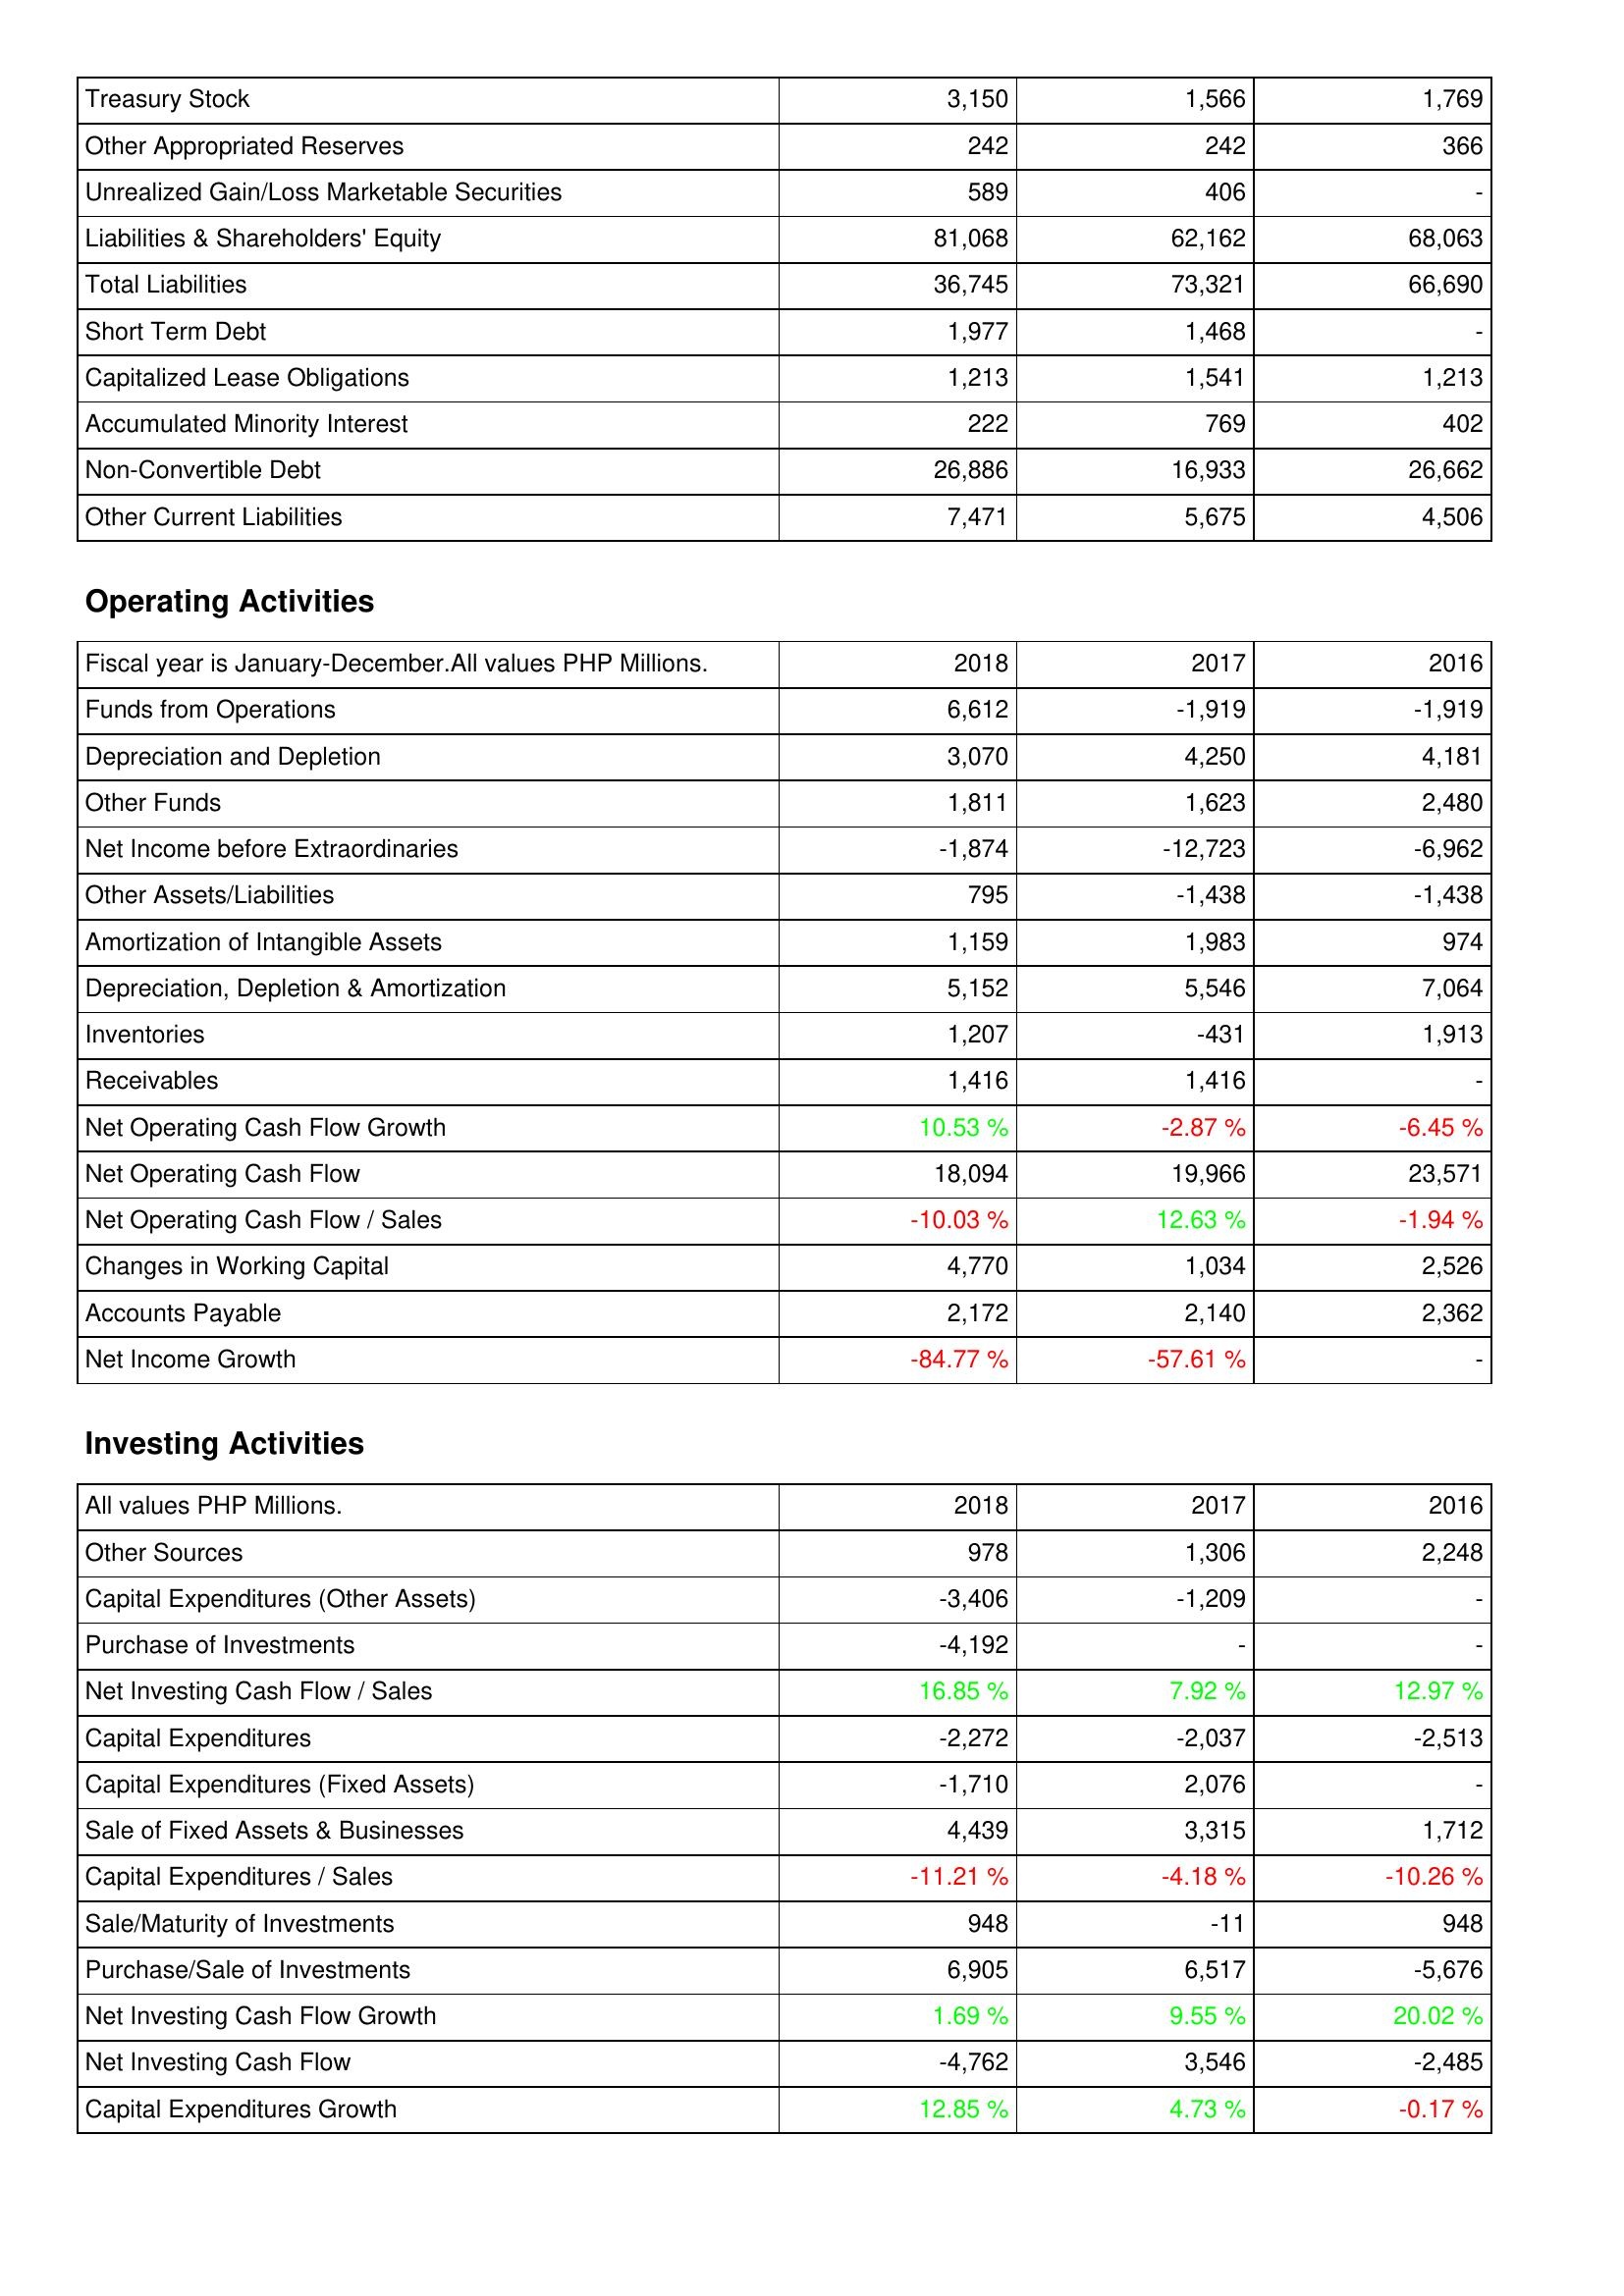
2018: Liabilities & Shareholders' Equity: Treasury Stock: 3,150
Other Appropriated Reserves: 242
Unrealized Gain/Loss Marketable Securities: 589
Liabilities & Shareholders' Equity: 81,068
Total Liabilities: 36,745
Short Term Debt: 1,977
Capitalized Lease Obligations: 1,213
Accumulated Minority Interest: 222
Non-Convertible Debt: 26,886
Other Current Liabilities: 7,471
Operating Activities: Funds from Operations: 6,612
Depreciation and Depletion: 3,070
Other Funds: 1,811
Net Income before Extraordinaries: -1,874
Other Assets/Liabilities: 795
Amortization of Intangible Assets: 1,159
Depreciation, Depletion & Amortization: 5,152
Inventories: 1,207
Receivables: 1,416
Net Operating Cash Flow Growth: 10.53 %
Net Operating Cash Flow: 18,094
Net Operating Cash Flow / Sales: -10.03 %
Changes in Working Capital: 4,770
Accounts Payable: 2,172
Net Income Growth: -84.77 %
Investing Activities: Other Sources: 978
Capital Expenditures (Other Assets): -3,406
Purchase of Investments: -4,192
Net Investing Cash Flow / Sales: 16.85 %
Capital Expenditures: -2,272
Capital Expenditures (Fixed Assets): -1,710
Sale of Fixed Assets & Businesses: 4,439
Capital Expenditures / Sales: -11.21 %
Sale/Maturity of Investments: 948
Purchase/Sale of Investments: 6,905
Net Investing Cash Flow Growth: 1.69 %
Net Investing Cash Flow: -4,762
Capital Expenditures Growth: 12.85 %
2017: Liabilities & Shareholders' Equity: Treasury Stock: 1,566
Other Appropriated Reserves: 242
Unrealized Gain/Loss Marketable Securities: 406
Liabilities & Shareholders' Equity: 62,162
Total Liabilities: 73,321
Short Term Debt: 1,468
Capitalized Lease Obligations: 1,541
Accumulated Minority Interest: 769
Non-Convertible Debt: 16,933
Other Current Liabilities: 5,675
Operating Activities: Funds from Operations: -1,919
Depreciation and Depletion: 4,250
Other Funds: 1,623
Net Income before Extraordinaries: -12,723
Other Assets/Liabilities: -1,438
Amortization of Intangible Assets: 1,983
Depreciation, Depletion & Amortization: 5,546
Inventories: -431
Receivables: 1,416
Net Operating Cash Flow Growth: -2.87 %
Net Operating Cash Flow: 19,966
Net Operating Cash Flow / Sales: 12.63 %
Changes in Working Capital: 1,034
Accounts Payable: 2,140
Net Income Growth: -57.61 %
Investing Activities: Other Sources: 1,306
Capital Expenditures (Other Assets): -1,209
Purchase of Investments: -
Net Investing Cash Flow / Sales: 7.92 %
Capital Expenditures: -2,037
Capital Expenditures (Fixed Assets): 2,076
Sale of Fixed Assets & Businesses: 3,315
Capital Expenditures / Sales: -4.18 %
Sale/Maturity of Investments: -11
Purchase/Sale of Investments: 6,517
Net Investing Cash Flow Growth: 9.55 %
Net Investing Cash Flow: 3,546
Capital Expenditures Growth: 4.73 %
2016: Liabilities & Shareholders' Equity: Treasury Stock: 1,769
Other Appropriated Reserves: 366
Unrealized Gain/Loss Marketable Securities: -
Liabilities & Shareholders' Equity: 68,063
Total Liabilities: 66,690
Short Term Debt: -
Capitalized Lease Obligations: 1,213
Accumulated Minority Interest: 402
Non-Convertible Debt: 26,662
Other Current Liabilities: 4,506
Operating Activities: Funds from Operations: -1,919
Depreciation and Depletion: 4,181
Other Funds: 2,480
Net Income before Extraordinaries: -6,962
Other Assets/Liabilities: -1,438
Amortization of Intangible Assets: 974
Depreciation, Depletion & Amortization: 7,064
Inventories: 1,913
Receivables: -
Net Operating Cash Flow Growth: -6.45 %
Net Operating Cash Flow: 23,571
Net Operating Cash Flow / Sales: -1.94 %
Changes in Working Capital: 2,526
Accounts Payable: 2,362
Net Income Growth: -
Investing Activities: Other Sources: 2,248
Capital Expenditures (Other Assets): -
Purchase of Investments: -
Net Investing Cash Flow / Sales: 12.97 %
Capital Expenditures: -2,513
Capital Expenditures (Fixed Assets): -
Sale of Fixed Assets & Businesses: 1,712
Capital Expenditures / Sales: -10.26 %
Sale/Maturity of Investments: 948
Purchase/Sale of Investments: -5,676
Net Investing Cash Flow Growth: 20.02 %
Net Investing Cash Flow: -2,485
Capital Expenditures Growth: -0.17 %